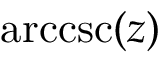
\operatorname { a r c c s c } ( z )